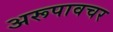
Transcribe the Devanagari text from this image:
अरूपावचर